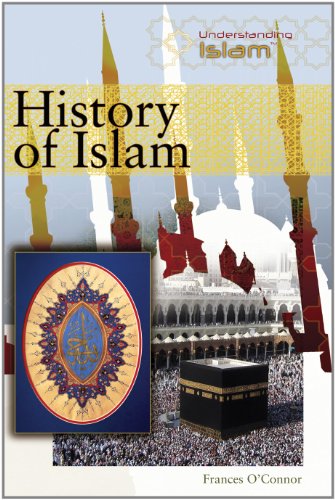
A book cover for History of Islam (Understanding Islam); Frances O'Connor; Teen & Young Adult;